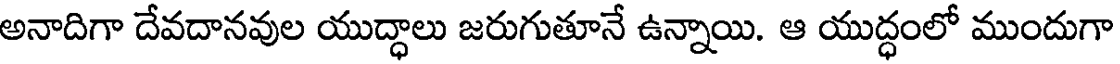
అనాదిగా దేవదానవుల యుద్ధాలు జరుగుతూనే ఉన్నాయి. ఆ యుద్ధంలో ముందుగా